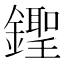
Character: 𨭰